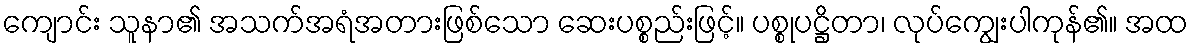
ကျောင်း သူနာ၏ အသက်အရံအတားဖြစ်သော ဆေးပစ္စည်းဖြင့်။ ပစ္စုပဋ္ဌိတာ၊ လုပ်ကျွေးပါကုန်၏။ အထ